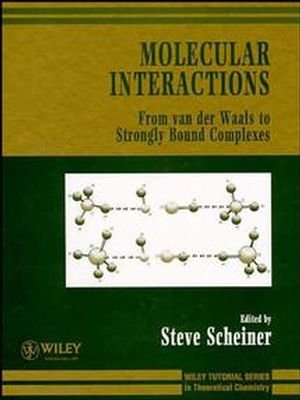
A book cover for Molecular Interactions: From van der Waals to Strongly Bound Complexes (Wiley Series in Theoretical Chemistry); Science & Math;